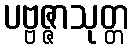
ပဗ္ဗဇ္ဇာသုတ္တ